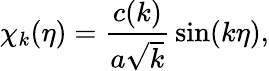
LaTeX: \chi_{k}(\eta)={\frac{c(k)}{a\sqrt k}}\sin(k\eta),